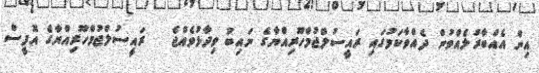
އިން އެއްބާރުލެއްވުން ދެއްވާކަމުގައި ރައީސުލްޖުމްހޫރިއްޔާގެ ނައިބު ވިދާޅުވެއްޖެ   ރައީސުލްޖުމްހޫރިއްޔާގެ އޮފީސް